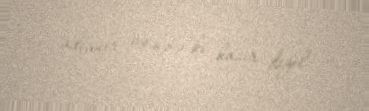
adlanır və hələ ki hazır deyil.